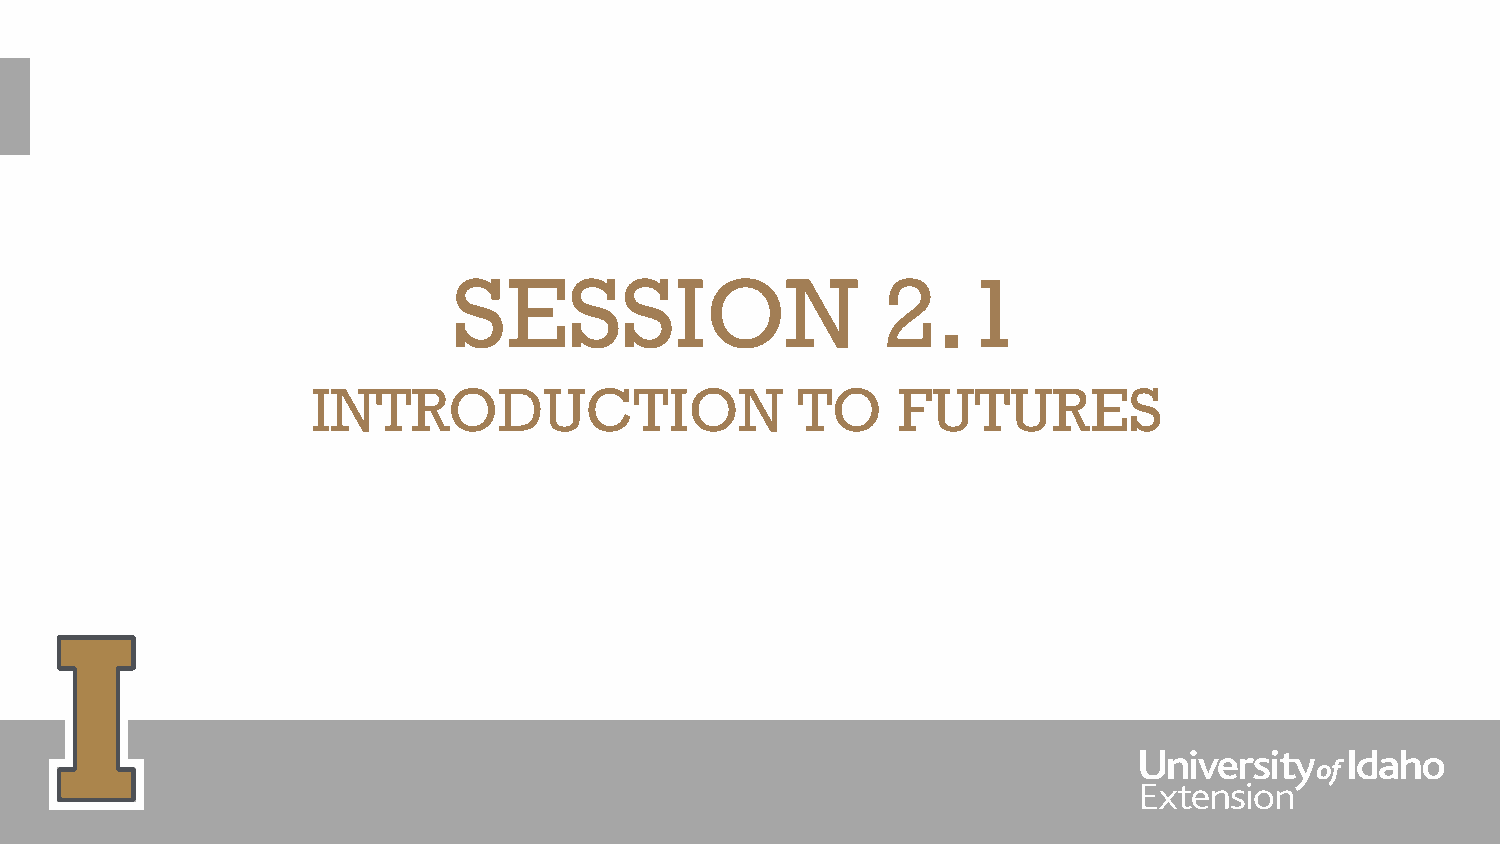
SESSION                     2.1
 INTRODUCTION                    TO    FUTURES